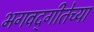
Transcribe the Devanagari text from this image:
भगवद्‌गीतेच्या